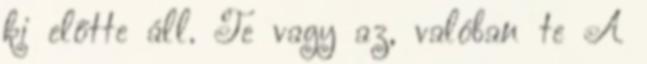
ki előtte áll. Te vagy az, valóban te A